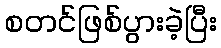
စတင်ဖြစ်ပွားခဲ့ပြီး